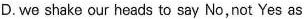
D. we shake our heads to say No, not Yes as